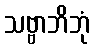
သဗ္ဗာဘိဘုံ